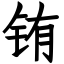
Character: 铕